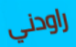
راودني